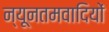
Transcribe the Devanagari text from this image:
न्यूनतमवादियों